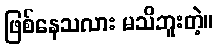
ဖြစ်နေသလား မသိဘူးတဲ့။